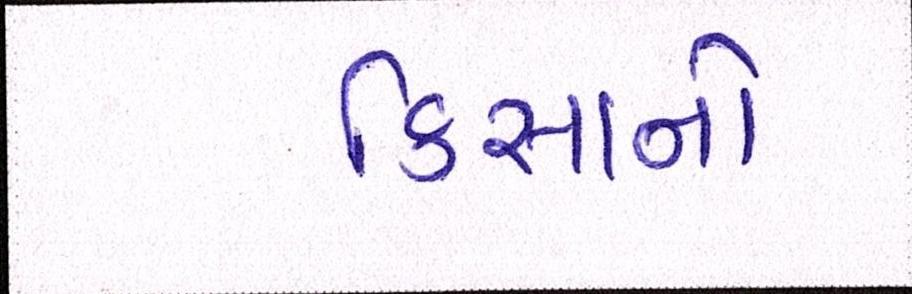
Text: કિસાનો